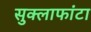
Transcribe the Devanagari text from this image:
सुक्लाफांटा